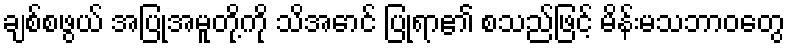
ချစ်စဖွယ် အပြုအမူတို့ကို သိအောင် ပြုရာ၏ စသည်ဖြင့် မိန်းမသဘာဝတွေ